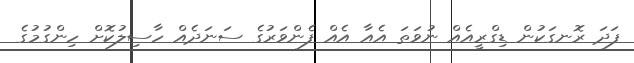
ފަދަ ރޮނގަކުން ޑިގްރީއެއް ނުވަތަ އެއާ އެއް ފެންވަރުގެ ސަނަދެއް ހާސިލުކޮށް ހިންގުމުގެ